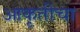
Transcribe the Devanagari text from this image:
आकृतीचा